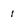
Character: 1